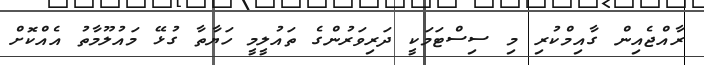
ރާއްޖެއިން ގާއިމްކުރި މި ސިސްޓަމަކީ ދަރިވަރުންގެ ތައުލީމީ ހަޔާތާ ގުޅޭ މައުލޫމާތު އެއްކޮށް